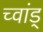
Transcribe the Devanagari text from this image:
च्वांड्